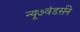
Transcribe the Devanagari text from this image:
न्यू७वंडर्सने